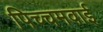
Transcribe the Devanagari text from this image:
पिच्चमवाई